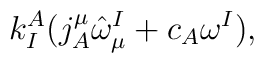
k^A_I ( j^\mu_A \hat{\omega}^I_\mu + c_A \omega^I),